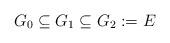
LaTeX: \begin{align*} G_0 \subseteq G_1 \subseteq G_2 := E\end{align*}